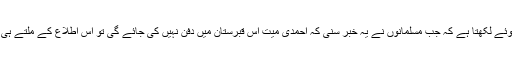
روزنامہ الہلال بمبئی اس واقعہ کا ذکر کرتے ہوئے لکھتا ہے کہ جب مسلمانوں نے یہ خبر سنی کہ احمدی میت اس قبرستان میں دفن نہیں کی جائے گی تو اس اطلاع کے ملتے ہی مسلمانوں نے اسلام زندہ باد کے نعرے لگائے۔